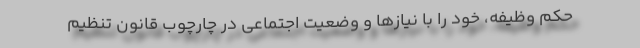
حکم وظیفه، خود را با نیازها و وضعیت اجتماعی در چارچوب قانون تنظیم